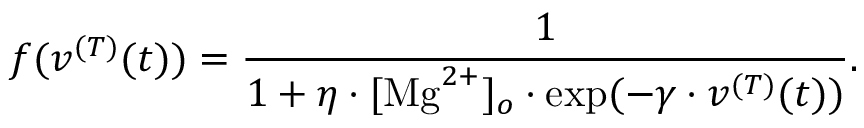
f ( v ^ { ( T ) } ( t ) ) = \frac { 1 } { 1 + \eta \cdot [ \mathrm { M g } ^ { 2 + } ] _ { o } \cdot \exp ( - \gamma \cdot v ^ { ( T ) } ( t ) ) } .